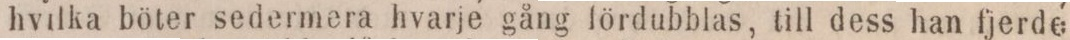
hvilka böter sedermera hvarje gång fördubblas, till dess han fjerde